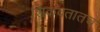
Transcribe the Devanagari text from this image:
शिकवतातच